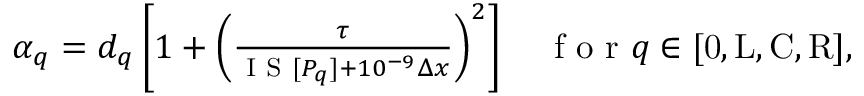
\begin{array} { r } { \alpha _ { q } = d _ { q } \left[ 1 + \left( \frac { \tau } { \textsc { I S } [ P _ { q } ] + 1 0 ^ { - 9 } \Delta x } \right) ^ { 2 } \right] \quad \mathrm { ~ f ~ o ~ r ~ } q \in [ \mathrm { 0 , L , C , R } ] , } \end{array}